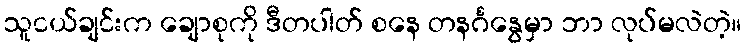
သူငယ်ချင်းက ချောစုကို ဒီတပါတ် စနေ တနင်္ဂနွေမှာ ဘာ လုပ်မလဲတဲ့။